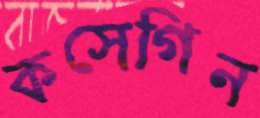
কসেগিন